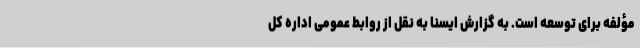
مؤلفه برای توسعه است. به گزارش ایسنا به نقل از روابط عمومی اداره کل